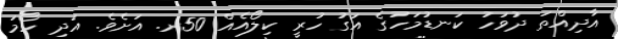
އާދިއްތަ ދުވަހު ކަނޑުމަހުގެ އަގު ހުރީ ކިލޯއެއް 50ރ. އަށެވެ. އަދި ހޯމަ